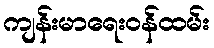
ကျန်းမာရေးဝန်ထမ်း